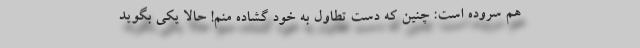
هم سروده است: چنین که دستِ تطاول به خود گشاده منم! حالا یکی بگوید